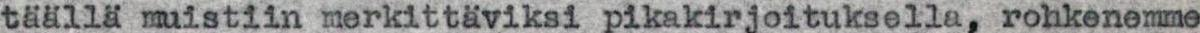
täällä muistiin merkittäviksi pikakirjoituksella, rohkenemme